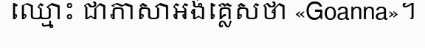
ឈ្មោះ ជាភាសាអង់គ្លេសថា «Goanna»។